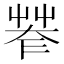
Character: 𦯤